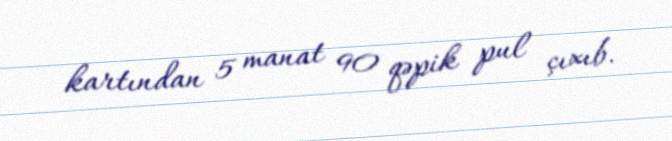
kartından 5 manat 90 qəpik pul çıxıb.